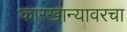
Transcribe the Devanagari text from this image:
कारखान्यावरचा